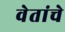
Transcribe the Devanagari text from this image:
वेतांचे